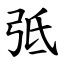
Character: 弤